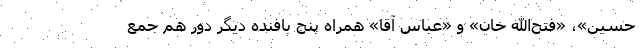
حسین»، «فتح‌الله خان» و «عباس آقا» همراه پنج بافنده دیگر دور هم جمع